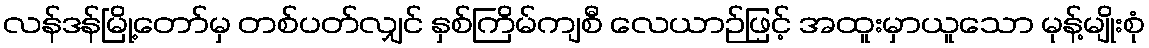
လန်ဒန်မြို့တော်မှ တစ်ပတ်လျှင် နှစ်ကြိမ်ကျစီ လေယာဉ်ဖြင့် အထူးမှာယူသော မုန့်မျိုးစုံ